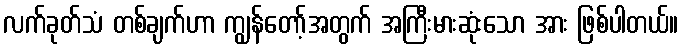
လက်ခုတ်သံ တစ်ချက်ဟာ ကျွန်တော့်အတွက် အကြီးမားဆုံးသော အား ဖြစ်ပါတယ်။